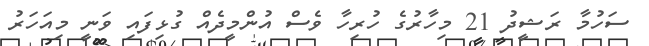
ސަހުމާ ރަޝީދު 21 މިހާރުގެ ހުރިހާ ވެސް އުންމީދެއް ގުޅިފައި ވަނީ މިއަހަރު